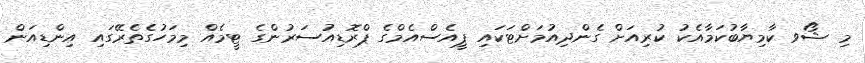
މި ޝޯވ ކާމިޔާބުކަމާއެކު ކުރިއަށް ގެންދިއުމަށްޓަކައި ޕީއެސްއެމްގެ ޕްރޮޑިއުސަރުންގެ ޓީމެއް މިމަހުގެތެރޭގައި އިންޑިއަން